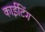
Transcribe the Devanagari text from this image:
काईटिंग